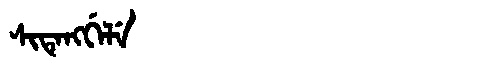
Manchu: ᠰᡳᡨᡝᠩᡤᡝᠯᡝ
Romanization: SITENGGELE